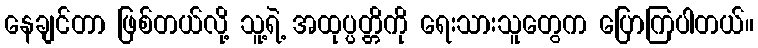
နေချင်တာ ဖြစ်တယ်လို့ သူ့ရဲ့ အထုပ္ပတ္တိကို ရေးသားသူတွေက ပြောကြပါတယ်။